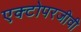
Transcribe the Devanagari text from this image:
एक्टोपरजीवी